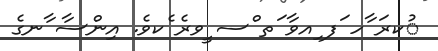
ުކރަ ާހ ަފ ިއވާ ަތ ްސ ީވރެ ެކވެ. އިންސާ ާނގެ